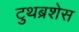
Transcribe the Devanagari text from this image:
टुथब्रशेस